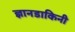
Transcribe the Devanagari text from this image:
ज्ञानडाकिनी